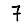
Digit: 7